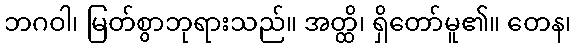
ဘဂဝါ၊ မြတ်စွာဘုရားသည်။ အတ္ထိ၊ ရှိတော်မူ၏။ တေန၊